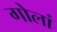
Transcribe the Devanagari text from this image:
गोलां